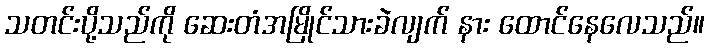
သတင်းပို့သည်ကို ဆေးတံအမြိုင်သားခဲလျက် နား ထောင်နေလေသည်။